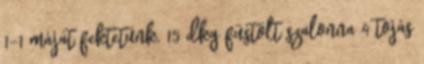
1-1 májat fektetünk. 15 dkg füstölt szalonna 4 tojás